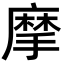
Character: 摩